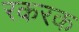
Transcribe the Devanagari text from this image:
रकरक